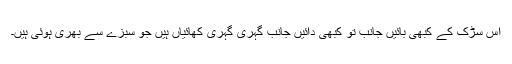
اس سڑک کے کبھی بائیں جانب تو کبھی دائیں جانب گہری گہری کھائیاں ہیں جو سبزے سے بھری ہوئی ہیں۔